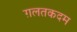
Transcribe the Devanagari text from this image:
ग़लतकदम